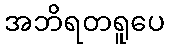
အဘိရတရူပေ